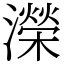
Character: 濚